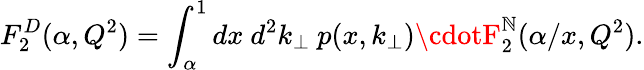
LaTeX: F_{2}^{D}(\alpha,Q^{2})=\int_{\alpha}^{1}dx{\ }{d^{2}}k_{\bot}\ p(x,k_{\bot})\cdotF_{2}^{\mathbb{N}}(\alpha/x,Q^{2}).